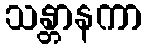
သန္တာနကာ